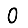
Digit: 0